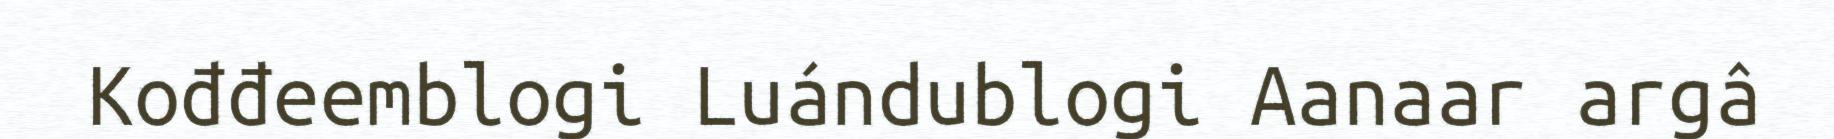
Kođđeemblogi Luándublogi Aanaar argâ